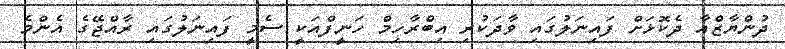
ދުންޔާޒްއާ ދެކޮޅަށް ފައިނަލުގައި ވާދަކުރި އިބްރާހިމް ހަނީފްއަކީ ސެމީ ފައިނަލުގައި ރާއްޖޭގެ އެންމެ